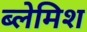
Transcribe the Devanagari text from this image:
ब्लेमिश